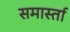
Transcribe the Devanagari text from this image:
समार्स्ता